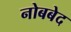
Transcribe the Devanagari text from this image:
नोबबेद